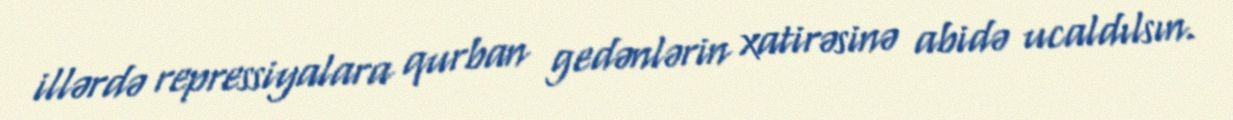
illərdə repressiyalara qurban gedənlərin xatirəsinə abidə ucaldılsın.